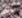
بذلك